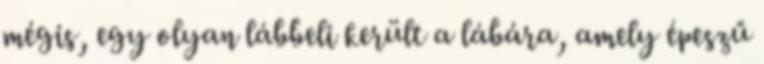
mégis, egy olyan lábbeli került a lábára, amely épeszű